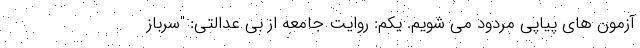
آزمون های پیاپی مردود می شویم. يكم: روایت جامعه از بی عدالتی: "سرباز